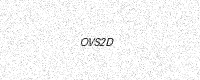
Text: OVS2D